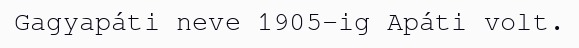
Gagyapáti neve 1905-ig Apáti volt.